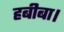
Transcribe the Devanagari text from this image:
हबीबा।